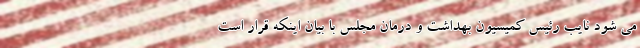
می شود نایب رئیس کمیسیون بهداشت و درمان مجلس با بیان اینکه قرار است